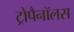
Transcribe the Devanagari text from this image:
ट्रोपैनॉलस